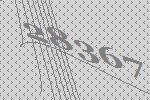
28367